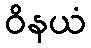
ဝိနယံ